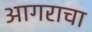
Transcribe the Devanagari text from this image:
आगराचा